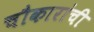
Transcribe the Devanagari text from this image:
चौकारांची